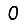
Digit: 0